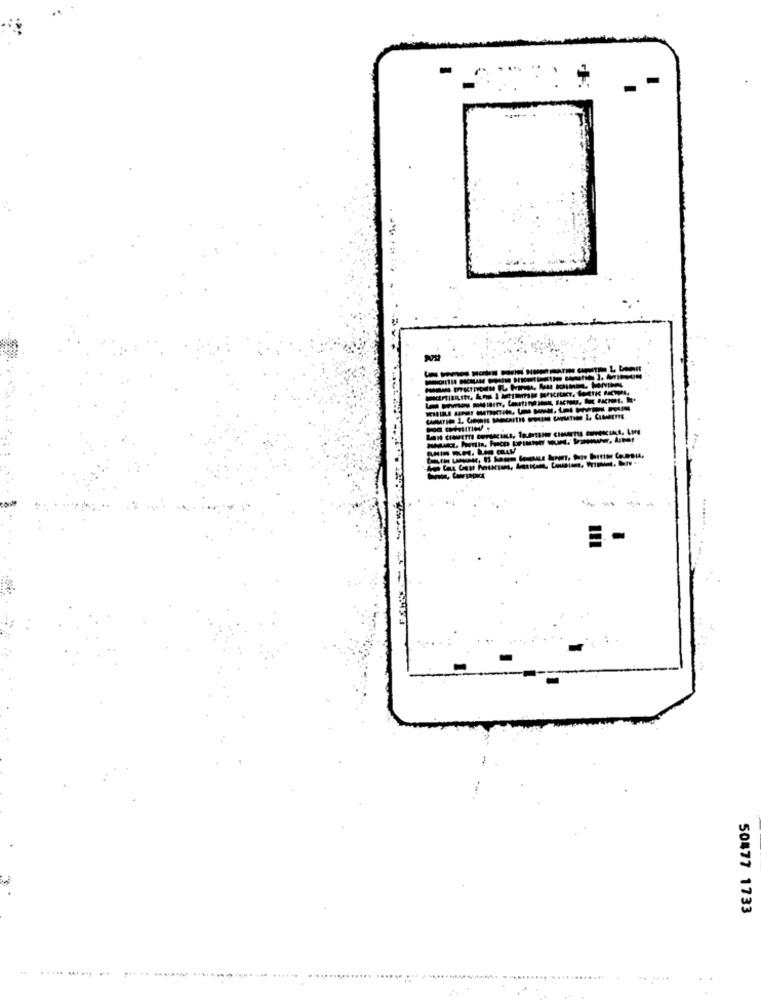
------------
50477 1733
.......... .
......